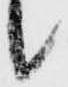
候